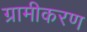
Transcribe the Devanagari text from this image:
ग्रामीकरण